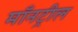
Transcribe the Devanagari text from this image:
माँनट्रील